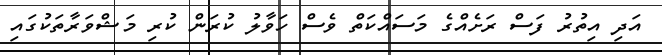
އަދި އިތުރު ފަސް ރަށެއްގެ މަސައްކަތް ވެސް ހަވާލު ކުރަން ކުރި މަޝްވަރާތަކުގައި